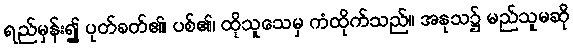
ရည်မှန်း၍ ပုတ်ခတ်၏၊ ပစ်၏၊ ထိုသူသေမှ ကံထိုက်သည်။ အနုသ၌ မည်သူမဆို